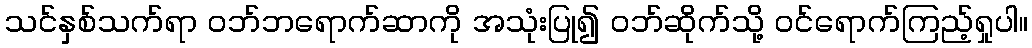
သင်နှစ်သက်ရာ ဝဘ်ဘရောက်ဆာကို အသုံးပြု၍ ဝဘ်ဆိုက်သို့ ဝင်ရောက်ကြည့်ရှုပါ။